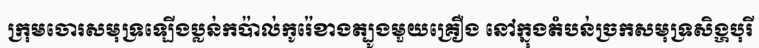
ក្រុមចោរសមុទ្រឡើងប្លន់កប៉ាល់កូរ៉េខាងត្បូងមួយគ្រឿង នៅក្នុងតំបន់ច្រកសមុទ្រសិង្ហបុរី